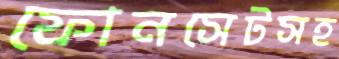
ফোনসেটসহ